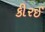
કીરઈ